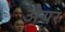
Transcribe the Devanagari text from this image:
अैयर